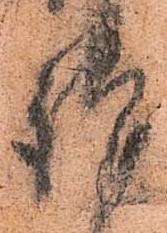
謹